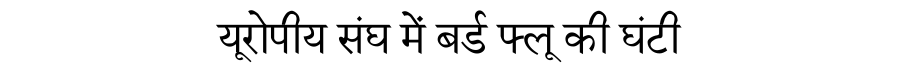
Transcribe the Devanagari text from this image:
यूरोपीय संघ में बर्ड फ्लू की घंटी